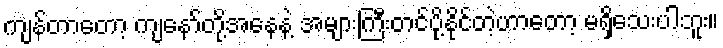
ကျန်တာတော့ ကျနော်တို့အနေနဲ့ အများကြီးတင်ပို့နိုင်တဲ့ဟာတော့ မရှိသေးပါဘူး။